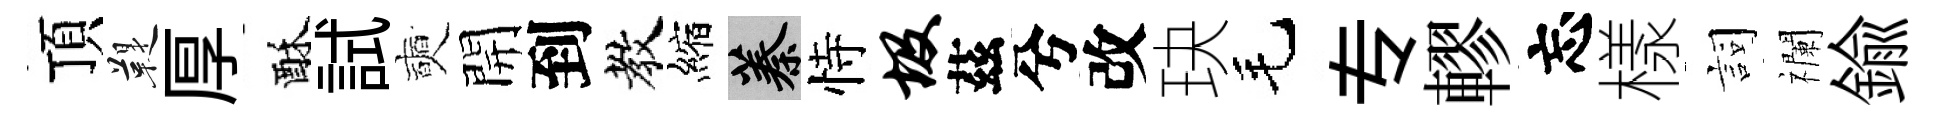
頂鞮厚酥試奭開到教縮蓁恃圾茲兮改玦毛专轇忘樣詞襴鍮